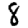
Digit: 8